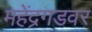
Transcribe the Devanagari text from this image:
महेंद्रगडवर